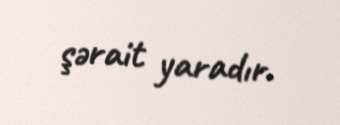
şərait yaradır.